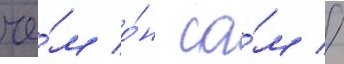
че́м о́н са́м //